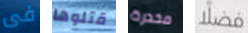
فى قتلوها مخدرة فضلا